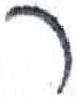
אות: ר